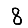
Digit: 8